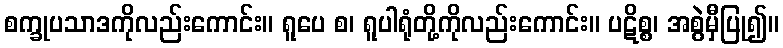
စက္ခုပသာဒကိုလည်းကောင်း။ ရူပေ စ၊ ရူပါရုံတို့ကိုလည်းကောင်း။ ပဋိစ္စ၊ အစွဲမှီပြု၍။